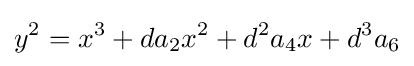
y^{2}=x^{3}+da_{2}x^{2}+d^{2}a_{4}x+d^{3}a_{6}